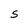
Character: S